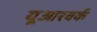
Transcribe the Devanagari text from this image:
यूआरवर्क